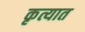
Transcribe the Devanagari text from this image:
कृत्यात